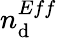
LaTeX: n_{\mathrm{d}}^{Eff}